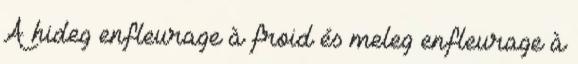
A hideg enfleurage à froid és meleg enfleurage à